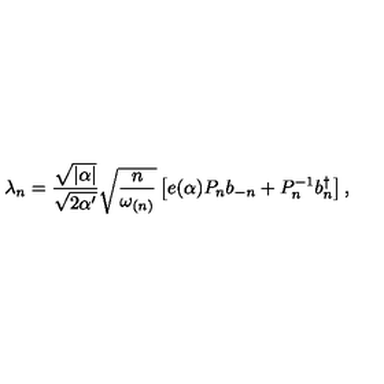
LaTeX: \lambda _ { n } = \frac { \sqrt { | \alpha | } } { \sqrt { 2 \alpha ^ { \prime } } } \sqrt { \frac { n } { \omega _ { ( n ) } } } \left[ e ( \alpha ) P _ { n } b _ { - n } + P _ { n } ^ { - 1 } b _ { n } ^ { \dagger } \right] ,